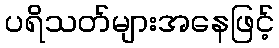
ပရိသတ်များအနေဖြင့်